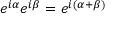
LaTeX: e ^ { i \alpha } e ^ { i \beta } = e ^ { i ( \alpha + \beta ) }